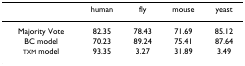
<table><thead><tr><td></td><td><b>human</b></td><td><b>fly</b></td><td><b>mouse</b></td><td><b>yeast</b></td></tr></thead><tbody><tr><td>Majority Vote</td><td>82.35</td><td>78.43</td><td>71.69</td><td>85.12</td></tr><tr><td>BC model</td><td>70.23</td><td>89.24</td><td>75.41</td><td>87.64</td></tr><tr><td>TXM model</td><td>93.35</td><td>3.27</td><td>31.89</td><td>3.49</td></tr></tbody></table>